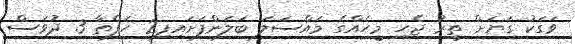
ވަގަކު ގަޔަށް ތީރު ޖެހި މީހެއްގެ މައްސަލަ ބަލަންފަށައިފި2 ހަފްތާ 3 ދުވަސް